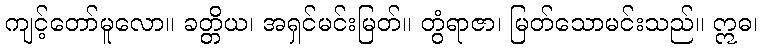
ကျင့်တော်မူလော။ ခတ္တိယ၊ အရှင်မင်းမြတ်။ တွံရာဇာ၊ မြတ်သောမင်းသည်။ ဣဓ၊